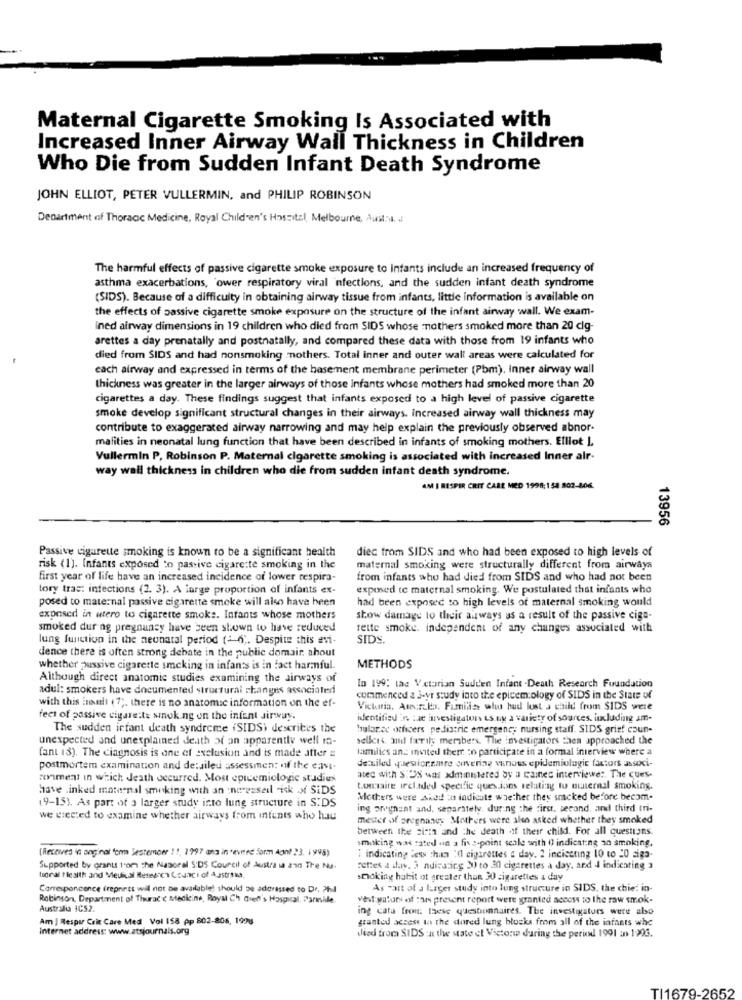
Maternal Cigarette Smoking Is Associated with
Increased Inner Airway Wall Thickness in Children
Who Die from Sudden Infant Death Syndrome
JOHN ELLIOT, PETER VULLERMIN, and PHILIP ROBINSON
Department of Thoracic Medicine, Royal Children's Hospital, Melbourne, Ausll. ..
The harmful effects of passive cigarette smoke exposure to Infants include an increased frequency of
asthma exacerbations, 'ower respiratory viral infections, and the sudden infant death syndrome
(SIDS). Because of a difficulty in obtaining airway tissue from infants, little information is available on
the effects of passive cigarette smoke exposure on the structure of the infant airway wall. We exam-
ined airway dimensions in 19 children who died from SIDS whose mothers smoked more than 20 clg-
arettes a day prenatally and postnatally, and compared these data with those from 19 infants who
died from SIDS and had nonsmoking mothers. Total inner and outer wall areas were calculated for
cach airway and expressed in terms of the basement membrane perimeter (Pbm), Inner airway wall
thickness was greater in the larger airways of those infants whose mothers had smoked more than 20
cigarettes a day. These findings suggest that infants exposed to a high level of passive cigarette
smoke develop significant structural changes in their airways. increased airway wall thickness may
contribute to exaggerated airway narrowing and may help explain the previously observed abnor-
malities in neonatal lung function that have been described in infants of smoking mothers. Elliot I.
Vullermin P, Robinson P. Maternal cigarette smoking is associated with increased Inner alr-
way wall thickness in children who die from sudden infant death syndrome.
AM I RESPIR CRIT CARE MED 1998:154.802-806.
13956
Passive cigarette smoking is known to be a significant health
diec from SIDS and who had been exposed to high levels of
risk (1). Infants exposed to pas ive cigarette smoking in the
maternal smoking were structurally different from airways
first year of life have an increased incidence of lower respira-
from infants who had died from SIDS and who had not been
tory tras: infections (2. 3). A large proportion of infants ex-
exposed to maternal smoking. We postulated that infants who
posed to maternal passive cigarette smoke will also have been
had been exposed to high levels of maternal smoking would
exposed in utero to cigarette smoke. Infants whose mothers
show damage to their airways as a result of the passive ciga-
smoked during pregnancy have been shown to have reduced
telte smoke. independent of any changes associated with
lung function in the neunatal period (- 6". Despite this avi-
SIDS.
dence there is often strong debate in the public domain. shout
whether passive cigarette smoking in infants is in fact harmful.
METHODS
Although direct anatomic studies examining the airways of
adul: smokers have documented structural changes associated
In 199: tac Victorian Sudden Infant -Death Research Foundation
with this insult (7 ;. there is no anatomsc information on the ef-
commenced a 3-vr study into the epicem ology of SIDS in the State of
Vickitia. Aurala. Famila who had lost a child from SIDS were
feet of passive cigarette smoking on the infant sirway.
identified in tae investigators ts ny a variety of sources, including am-
The sudden infant death syndrome (SIDS) describes the
bularec oficers pediatric emergency nursing staff. SIDS grief coun-
unexpected and unexplained death of an apparently well ma-
sellers. add farily members. The investigators then approached the
fant 13). The ciagnosis is one of exclusion and is made atter =
families and invited there :o participate in a formal interview where a
postmortem examination and detailed assessmen; of the eavi-
detailed questionnaire covering vanous epidemiologic factors associ-
ronment in which death occurred. Most epicemiologic studies
atec with SON was administered by a cannes interviewe: The Cues.
have .inked maternal smoking with an ne gaseil "isk o SiDS
Lonsaire included specific questions relating to internal smoking.
Mothers were shed to indicate whether they smacked before becom.
19-15). As part of a larger study into lung structure in S:DS
ing arvgnant and, separately. during the first. second, and third tri-
we elected to examine whether airways from intents who had
mester of orignane, Mothers were also asked whether they smoked
between the sims and the death of their child. For all questions.
smoking was rated un a five-point seale with 0 indicating 30 smoking,
(Receives in onginal form Sestemcer ! !, 1997 ans in *evine form dont 23. 1995)
: indicating less than "( cigarettes a day. 2 indicating 10 to 20 siga-
Supported by grants tom the Nasoral S:DS Council of Australia and The Na-
settes a day, 3 ndisaring 3) to 30 cigarettes a day, and 4 indicating 3
tooral health and Medical Research Council of Austria
smoking habit of greater than 30 cigarettes a day
Corresponcence (reprints will not be available) should be adressed to Dr. Phil
As -art of a larger study into lung structure in SIDS. the chie: in-
Robinson, Department of Thurac c Meckeine, Royal Ch Gren's Hospital, Fariniile
vest yators of :aos present report were granted access to the raw smok-
Australia ICS2.
ing cata fron. these questionnaires. The investigators were also
Am ] Respir Crit Care Med Vol 158 pp 802-806, 1998
granted access to the dored lung blocks from all of the infants whe
Internet address: www.atsjournals.org
died from SIDS :n the state et Victor during the period 1991 in 1993.
TI1679-2652